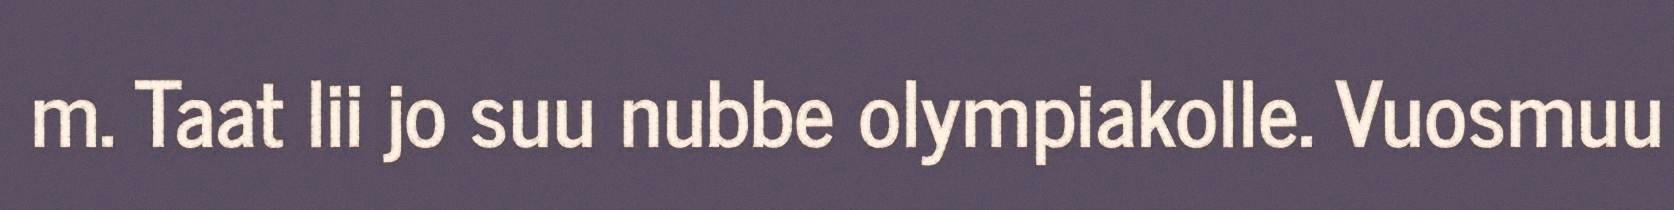
m. Taat lii jo suu nubbe olympiakolle. Vuosmuu